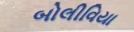
બોલીવિયા